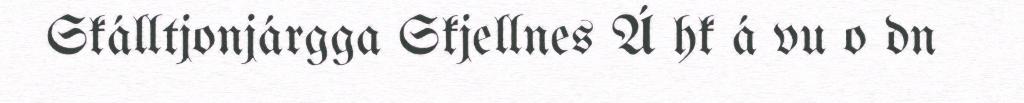
Skálltjonjárgga Skjellnes Á hk á vu o dn